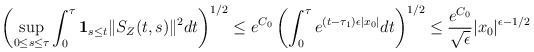
\begin{align*}\begin{aligned}\left(\sup_{0 \le s \le \tau}\int_0^\tau \mathbf{1}_{s\le t} \|S_{Z}(t,s)\|^2 dt \right)^{1/2} \le e^{C_0} \left(\int_0^{\tau} e^{(t-\tau_1) \epsilon |x_0|}dt\right)^{1/2} \le \frac{e^{C_0}}{\sqrt{\epsilon}} |x_0|^{\epsilon - 1/2}\end{aligned}\end{align*}